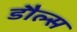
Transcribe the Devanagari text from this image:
डौल्स